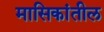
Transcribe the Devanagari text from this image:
मासिकांतील